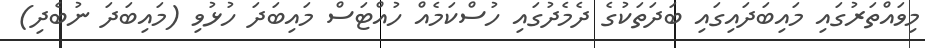
މިވައްތަރުގައި މައިބަދައިގައި ބަދަތަކުގެ ދެމެދުގައި ހުސްކަމެއް ހުއްޓަސް މައިބަދަ ހުޅުވި (މައިބަދަ ނުބެދި)